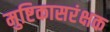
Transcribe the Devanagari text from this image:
मुष्टिकासरंक्षक